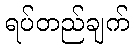
ရပ်တည်ချက်